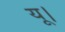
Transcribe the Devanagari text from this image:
यू।